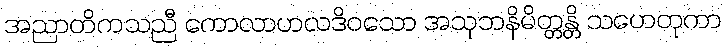
အညာတိကသညီ ကောလာဟလဒိဝသော အသုဘနိမိတ္တန္တိ သဟေတုကာ